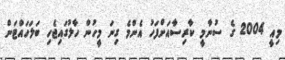
މިއީ 2004 ގެ ސުނާމީ ކާރިސާއަށްފަހު އެންމެ ގިނަ މީހުން ހާލުގައިޖެހި ބަލަހައްޓަން